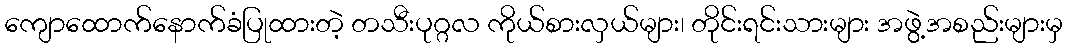
ကျောထောက်နောက်ခံပြုထားတဲ့ တသီးပုဂ္ဂလ ကိုယ်စားလှယ်များ၊ တိုင်းရင်းသားများ အဖွဲ့အစည်းများမှ